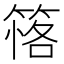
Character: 𥯚